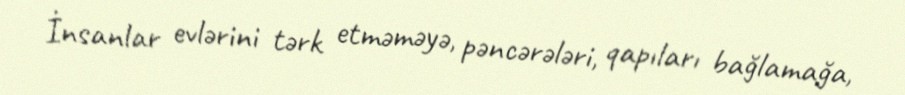
İnsanlar evlərini tərk etməməyə, pəncərələri, qapıları bağlamağa,